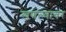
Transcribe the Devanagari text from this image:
खणल्यावर